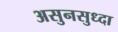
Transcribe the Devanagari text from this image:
असुनसुध्दा